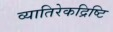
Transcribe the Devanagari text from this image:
व्यातिरेकद्रिष्टि